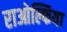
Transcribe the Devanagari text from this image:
राओल्फिया